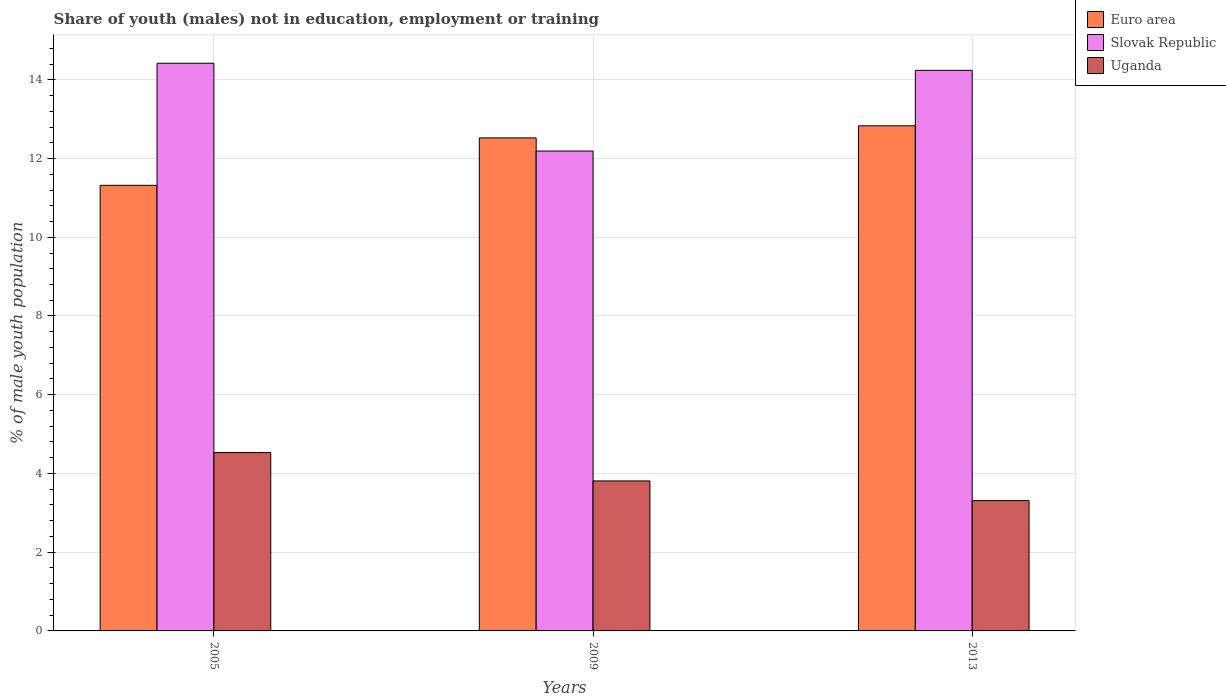
| Years | Euro area | Slovak Republic | Uganda |
 | --- | --- | --- | --- |
 | 2005 | 11.3 | 14.4 | 4.53 |
 | 2009 | 12.5 | 12.2 | 3.81 |
 | 2013 | 12.8 | 14.2 | 3.31 |